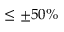
\leq \pm 5 0 \%